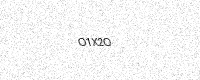
Text: O1X2O